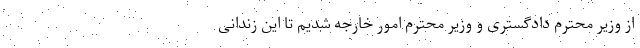
از وزیر محترم دادگستری و وزیر محترم امور خارجه شدیم تا این زندانی